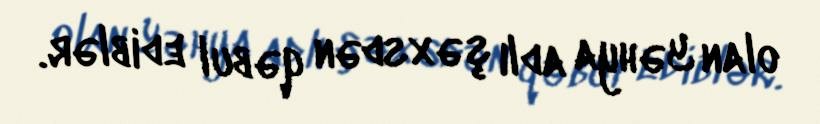
olan Yəhya adlı şəxsdən qəbul ediblər.